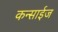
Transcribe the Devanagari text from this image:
कन्साईज